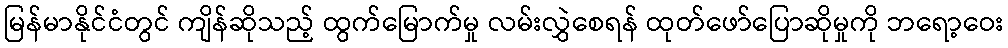
မြန်မာနိုင်ငံတွင် ကျိန်ဆိုသည့် ထွက်မြောက်မှု လမ်းလွှဲစေရန် ထုတ်ဖော်ပြောဆိုမှုကို ဘရော့ဝေး